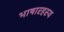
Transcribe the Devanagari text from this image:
भाषारहस्य